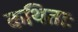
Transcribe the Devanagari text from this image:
कथिताः